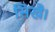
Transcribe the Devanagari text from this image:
सिखैं।